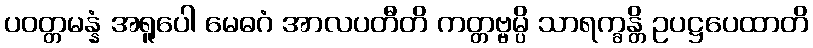
ပဝတ္တမန္နံ အရူပေါ မေဓဂံ အာလပတီတိ ကတ္တဗ္ဗမ္ပိ သာရက္ခန္တိ ဥပဋ္ဌပေထာတိ